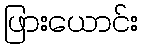
ဖြားယောင်း